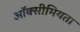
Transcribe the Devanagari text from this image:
ऑक्सीमियता